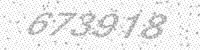
Solution: 673918